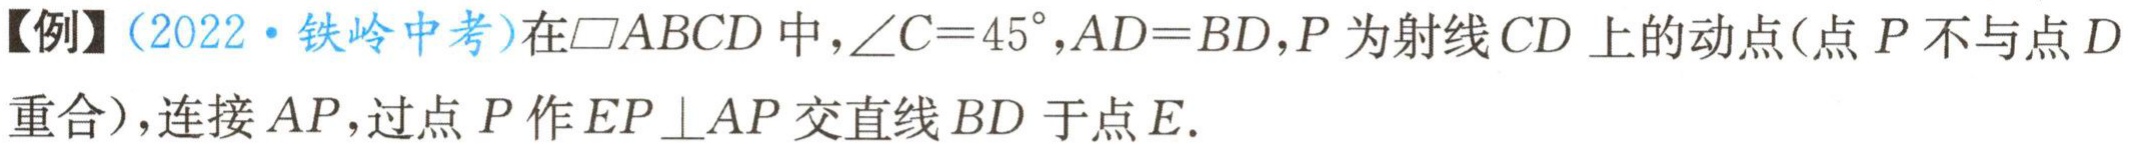
【例】（2022·铁岭中考）在$\square ABCD$中，$\angle C = 45^{\circ}$，$AD = BD$，$P$为射线$CD$上的动点（点$P$不与点$D$重合），连接$AP$，过点$P$作$EP\perp AP$交直线$BD$于点$E$.